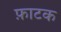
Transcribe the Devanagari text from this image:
फ़ाटक